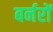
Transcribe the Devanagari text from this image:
बर्नरों